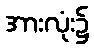
အားလုံး၌